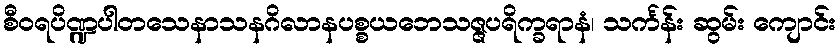
စီဝရပိဏ္ဍပါတသေနာသနဂိလာနပစ္စယဘေသဇ္ဇပရိက္ခရာနံ၊ သင်္ကန်း ဆွမ်း ကျောင်း